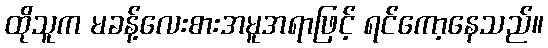
ထိုသူက မခန့်လေးစားအမူအရာဖြင့် ရင်ကော့နေသည်။